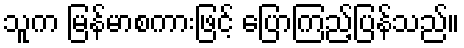
သူက မြန်မာစကားဖြင့် ပြောကြည့်ပြန်သည်။